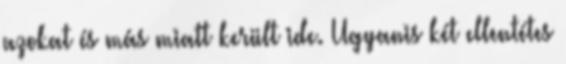
azokat és más miatt került ide. Ugyanis két ellentétes